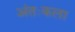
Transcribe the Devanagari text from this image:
अंतःकला